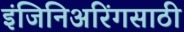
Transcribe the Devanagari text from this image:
इंजिनिअरिंगसाठी